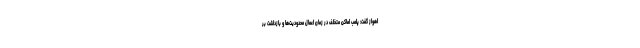
اهواز گفت: پلمب اماکن متخلف در زمان اعمال محدودیت‌ها و بازداشت بر